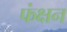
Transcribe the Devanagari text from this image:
फंक्षन